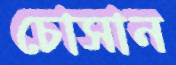
চোসান